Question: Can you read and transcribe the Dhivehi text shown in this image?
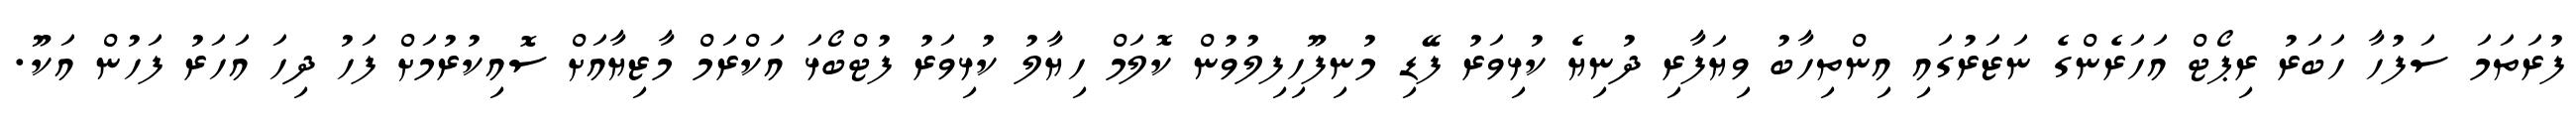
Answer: ފުރަތަމަ ސަފުހާ ހަބަރު ރިޕޯޓް އަހަރެންގެ ނަޒަރުގައި އިންތިހާބު ވިޔަފާރި ދުނިޔެ ކުޅިވަރު ފޭޑި މުނިފޫހިފިލުވުން ކޮލަމް ހިޔާލު ކުޅިވަރު ފުޓްބޯޅަ އަކްރަމް މާޒިޔާއަށް ސޮއިކުރުމަށް ފަހު ދިހަ އަހަރު ފަހުން އަކޫ.